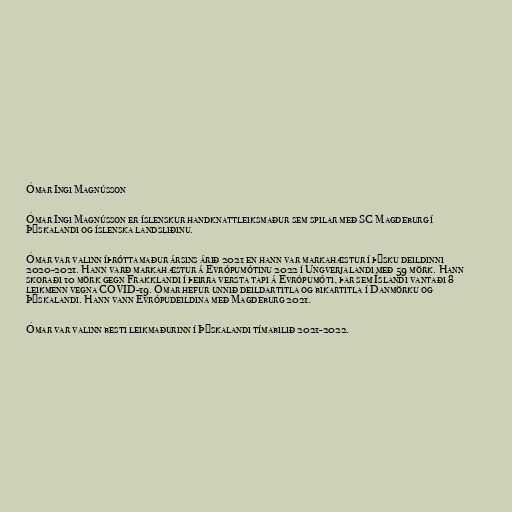
Ómar Ingi Magnússon

Ómar Ingi Magnússon er íslenskur handknattleiksmaður sem spilar með SC Magdeburg í
Þýskalandi og íslenska landsliðinu.

Ómar var valinn íþróttamaður ársins árið 2021 en hann var markahæstur í þýsku deildinni
2020-2021. Hann varð markahæstur á Evrópumótinu 2022 í Ungverjalandi með 59 mörk. Hann
skoraði 10 mörk gegn Frakklandi í þeirra versta tapi á Evrópumóti, þar sem Íslandi vantaði 8
leikmenn vegna COVID-19. Ómar hefur unnið deildartitla og bikartitla í Danmörku og
Þýskalandi. Hann vann Evrópudeildina með Magdeburg 2021.

Ómar var valinn besti leikmaðurinn í Þýskalandi tímabilið 2021-2022.